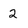
Character: 2